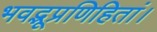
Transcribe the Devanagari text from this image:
भवद्भूप्रणिहितां।